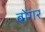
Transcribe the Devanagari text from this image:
बोंगर